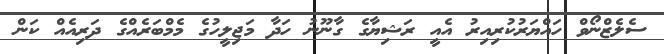
ސެލެޒްނޯވް ހައްޔަރުކުރިއިރު އެއީ ރަޝިޔާގެ ގާނޫނު ހަދާ މަޖިލީހުގެ މެމްބަރެއްގެ ދަރިއެއް ކަން